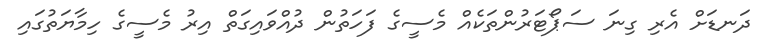
ދަނޑަށް އެރި ގިނަ ސަޕޯޓަރުންތަކެއް މެސީގެ ފަހަތުން ދުއްވައިގަތް އިރު މެސީގެ ހިމާޔަތުގައި